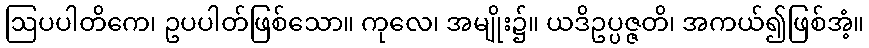
ဩပပါတိကေ၊ ဥပပါတ်ဖြစ်သော။ ကုလေ၊ အမျိုး၌။ ယဒိဥပ္ပဇ္ဇတိ၊ အကယ်၍ဖြစ်အံ့။